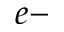
e \mathrm { - }